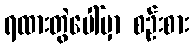
ရထားတွဲပေါ်မှာ စဉ်းစား